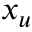
x _ { u }